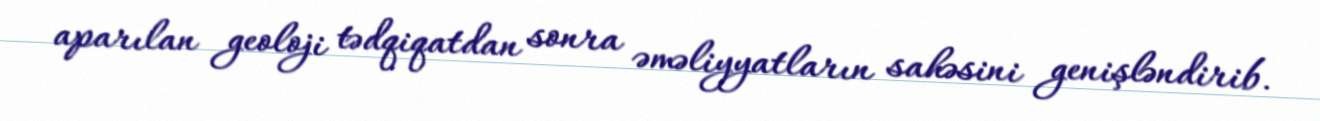
aparılan geoloji tədqiqatdan sonra əməliyyatların sahəsini genişləndirib.